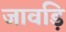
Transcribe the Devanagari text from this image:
जावड़ि